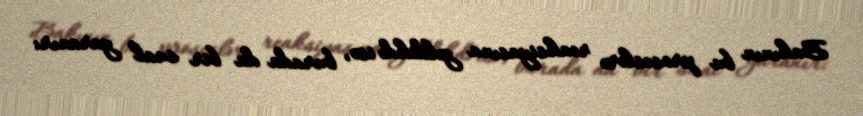
Bakının bu proseslərə reaksiyasına gəldikdə isə, burada da bir sual yaranır: